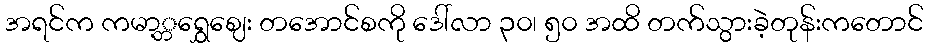
အရင်က ကမာ့္ဘရွှေဈေး တအောင်စကို ဒေါ်လာ ၃၀၊ ၅၀ အထိ တက်သွားခဲ့တုန်းကတောင်